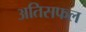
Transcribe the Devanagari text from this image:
अतिसफल